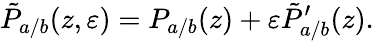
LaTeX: \tilde{P}_{a/b}(z,\varepsilon)=P_{a/b}(z)+\varepsilon\tilde{P}_{a/b}^{\prime}(z).